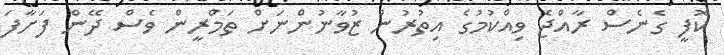
ކޮފީ ގެނެސް ރާއްޖެ ވިއްކުމުގެ އިތުރުން ޒުވާނުންނަށް ތަމްރީން ވެސް ދޭން ފަށާފަ